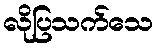
လိုပြသက်သေ